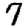
Digit: 7